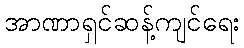
အာဏာရှင်ဆန့်ကျင်ရေး